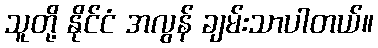
သူတို့ နိုင်ငံ အလွန် ချမ်းသာပါတယ်။